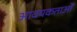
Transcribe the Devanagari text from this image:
आवयकताओं